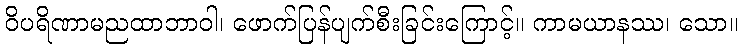
ဝိပရိဏာမညထာဘာဝါ၊ ဖောက်ပြန်ပျက်စီးခြင်းကြောင့်။ ကာမယာနဿ၊ သော။